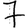
Digit: 7